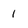
Character: 1